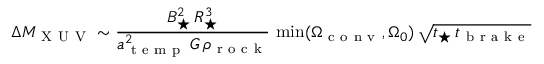
\Delta M _ { \mathrm { ~ X ~ U ~ V ~ } } \sim \frac { B _ { \star } ^ { 2 } \, R _ { \star } ^ { 3 } } { a _ { \mathrm { ~ t ~ e ~ m ~ p ~ } } ^ { 2 } \, G \, \rho _ { \mathrm { ~ r ~ o ~ c ~ k ~ } } } \, \operatorname* { m i n } ( \Omega _ { \mathrm { ~ c ~ o ~ n ~ v ~ } } , \Omega _ { 0 } ) \, \sqrt { t _ { \star } \, t _ { \mathrm { ~ b ~ r ~ a ~ k ~ e ~ } } }